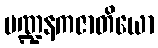
မဏ္ဍနကဇာတိယော